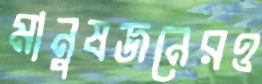
মানুষজনেরও